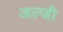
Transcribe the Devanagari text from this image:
अल्जी